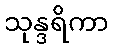
သုန္ဒရိကာ